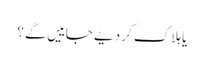
یا ہلاک کر دیے جاییں گے ؟